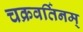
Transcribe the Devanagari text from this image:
चक्रवर्तिनम्